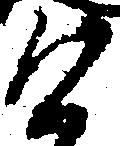
け